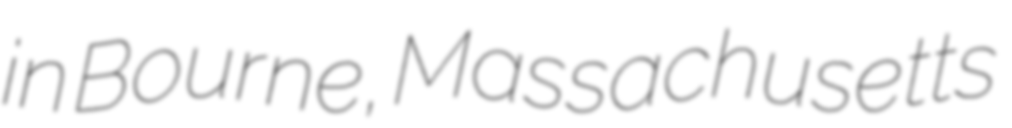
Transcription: in Bourne, Massachusetts